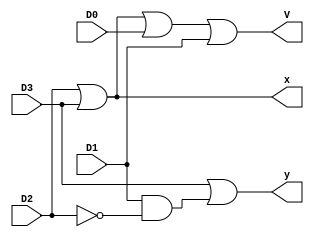
module hw1(x,y,V,D0,D1,D2,D3);

input D0,D1,D2,D3;
output x,y,V;
wire ND2,out1,out2;

not not1(ND2,D2);
or or1(x,D2,D3);
and and1(out1,D1,ND2);
or or2(y,D3,out1);
or or3(V,x,D0,D1);


endmodule